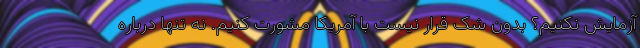
آزمایش نکنیم؟ بدون شک قرار نیست با آمریکا مشورت کنیم. نه تنها درباره